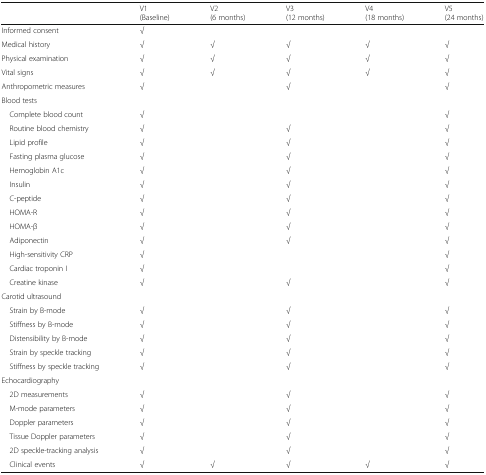
<table><thead><tr><td></td><td><b>V1(Baseline)</b></td><td><b>V2(6 months)</b></td><td><b>V3(12 months)</b></td><td><b>V4(18 months)</b></td><td><b>V5(24 months)</b></td></tr></thead><tbody><tr><td>Informed consent</td><td>√</td><td></td><td></td><td></td><td></td></tr><tr><td>Medical history</td><td>√</td><td>√</td><td>√</td><td>√</td><td>√</td></tr><tr><td>Physical examination</td><td>√</td><td>√</td><td>√</td><td>√</td><td>√</td></tr><tr><td>Vital signs</td><td>√</td><td>√</td><td>√</td><td>√</td><td>√</td></tr><tr><td>Anthropometric measures</td><td>√</td><td></td><td>√</td><td></td><td>√</td></tr><tr><td colspan="6">Blood tests</td></tr><tr><td> Complete blood count</td><td>√</td><td></td><td></td><td></td><td>√</td></tr><tr><td> Routine blood chemistry</td><td>√</td><td></td><td>√</td><td></td><td>√</td></tr><tr><td> Lipid profile</td><td>√</td><td></td><td>√</td><td></td><td>√</td></tr><tr><td> Fasting plasma glucose</td><td>√</td><td></td><td>√</td><td></td><td>√</td></tr><tr><td> Hemoglobin A1c</td><td>√</td><td></td><td>√</td><td></td><td>√</td></tr><tr><td> Insulin</td><td>√</td><td></td><td>√</td><td></td><td>√</td></tr><tr><td> C-peptide</td><td>√</td><td></td><td>√</td><td></td><td>√</td></tr><tr><td> HOMA-R</td><td>√</td><td></td><td>√</td><td></td><td>√</td></tr><tr><td> HOMA-β</td><td>√</td><td></td><td>√</td><td></td><td>√</td></tr><tr><td> Adiponectin</td><td>√</td><td></td><td>√</td><td></td><td>√</td></tr><tr><td> High-sensitivity CRP</td><td>√</td><td></td><td></td><td></td><td>√</td></tr><tr><td> Cardiac troponin I</td><td>√</td><td></td><td></td><td></td><td>√</td></tr><tr><td> Creatine kinase</td><td>√</td><td></td><td>√</td><td></td><td>√</td></tr><tr><td colspan="6">Carotid ultrasound</td></tr><tr><td> Strain by B-mode</td><td>√</td><td></td><td>√</td><td></td><td>√</td></tr><tr><td> Stiffness by B-mode</td><td>√</td><td></td><td>√</td><td></td><td>√</td></tr><tr><td> Distensibility by B-mode</td><td>√</td><td></td><td>√</td><td></td><td>√</td></tr><tr><td> Strain by speckle tracking</td><td>√</td><td></td><td>√</td><td></td><td>√</td></tr><tr><td> Stiffness by speckle tracking</td><td>√</td><td></td><td>√</td><td></td><td>√</td></tr><tr><td colspan="6">Echocardiography</td></tr><tr><td> 2D measurements</td><td>√</td><td></td><td>√</td><td></td><td>√</td></tr><tr><td> M-mode parameters</td><td>√</td><td></td><td>√</td><td></td><td>√</td></tr><tr><td> Doppler parameters</td><td>√</td><td></td><td>√</td><td></td><td>√</td></tr><tr><td> Tissue Doppler parameters</td><td>√</td><td></td><td>√</td><td></td><td>√</td></tr><tr><td> 2D speckle-tracking analysis</td><td>√</td><td></td><td>√</td><td></td><td>√</td></tr><tr><td> Clinical events</td><td>√</td><td>√</td><td>√</td><td>√</td><td>√</td></tr></tbody></table>